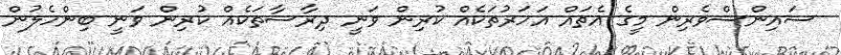
ސައިންސްވެރިން މީގެ އެތައް އަހަރުތަކެއް ކުރިން ވަނީ ދިރާސާތަކެއް ކުރިން ވަނީ ބިންހެލުން